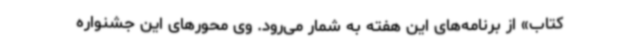
کتاب» از برنامه‌های این هفته به شمار می‌رود. وی محورهای این جشنواره